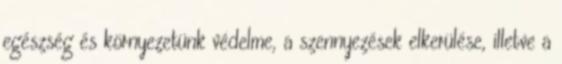
egészség és környezetünk védelme, a szennyezések elkerülése, illetve a